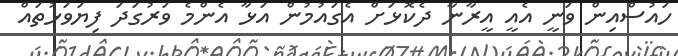
ހައުސްއިން ވަނީ އެއީ އީރާނާ ދެކޮޅަށް އެގައުމުން އަޅާ އެންމެ ވަރުގަދަ ފިޔަވަޅުތައް